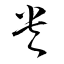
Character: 央